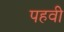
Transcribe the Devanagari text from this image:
पहवी